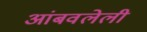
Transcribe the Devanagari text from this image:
आंबवलेली